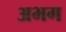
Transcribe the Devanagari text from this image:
अभग